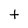
Character: t